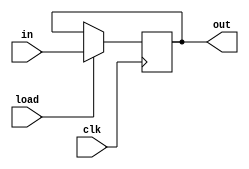
module PIPO(out, in, load, clk);
	input[15:0] in;
	input load, clk;
	output reg[15:0] out;
	
	always @(posedge clk) begin
		if (load)
			out <= in;
	end
endmodule